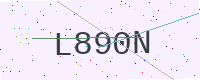
Text: L890N